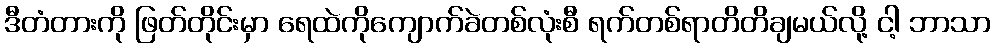
ဒီတံတားကို ဖြတ်တိုင်းမှာ ရေထဲကိုကျောက်ခဲတစ်လုံးစီ ရက်တစ်ရာတိတိချမယ်လို့ ငါ့ ဘာသာ